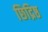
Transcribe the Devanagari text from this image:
छिद्रिष्ठ